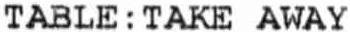
TABLE : TAKE AWAY